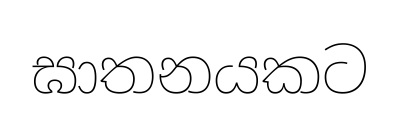
ඝාතනයකට